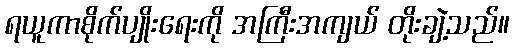
ရယူကာစိုက်ပျိုးရေးကို အကြီးအကျယ် တိုးချဲ့သည်။